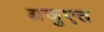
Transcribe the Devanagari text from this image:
ग़्रजुएत